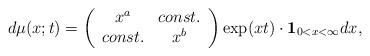
LaTeX: \begin{align*}d\mu(x;t)=\left(\begin{array}{cc}x^a&const.\\ const.&x^b\end{array}\right)\exp(xt)\cdot\mathbf{1}_{0<x<\infty}dx,\end{align*}